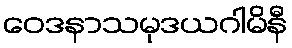
ဝေဒနာသမုဒယဂါမိနီ